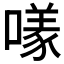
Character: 𱔮